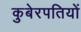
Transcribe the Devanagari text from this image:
कुबेरपतियों